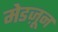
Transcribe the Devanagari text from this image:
मेडज़ून